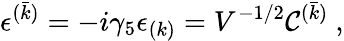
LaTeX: \epsilon^{(\bar{k})}=-i\gamma_{5}\epsilon_{(k)}=V^{-1/2}{\cal C}^{(\bar{k})}\ ,